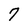
Character: 7